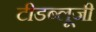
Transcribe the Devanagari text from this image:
टीडब्लूजी